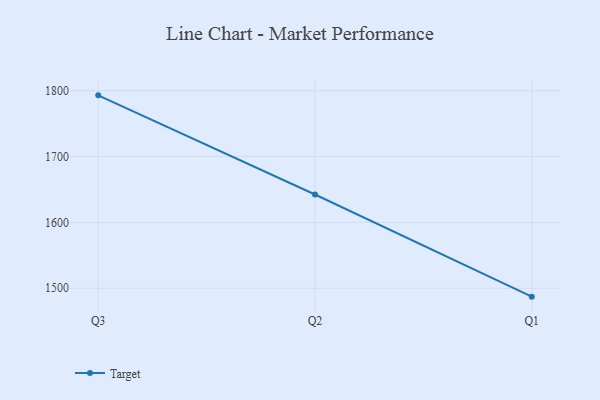
{"axis": {"x": "Quarter", "y": "Energy Usage (MWh)"}, "legend": ["Target"], "data": [{"x": "Q3", "y": 1793.0, "type": "Target"}, {"x": "Q2", "y": 1642.4, "type": "Target"}, {"x": "Q1", "y": 1487.3, "type": "Target"}]}